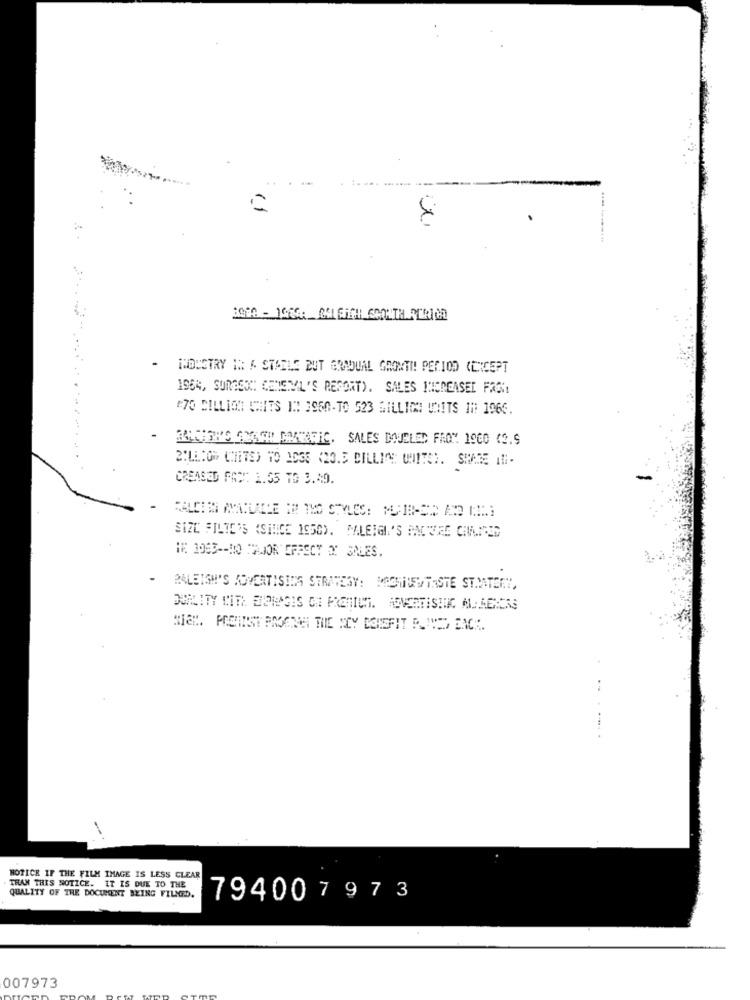
1080 - 1986 :_ RALEIGH SOONTH PERIOD
INDUSTRY IN & STAILE BUT GRADUAL GROWTH! PERIOD CONCEPT
1964, SURGEOC: CENEML'S REPORT). SALES INCREASED FASI
#70 MILLION UNITS IC 3950-TO 523 MILLION UNITS IN: 1966.
BUITENE GRAAD DARRERE. SALES DOUBLED FROM 1900 (2.9
CREASED FAX: 1.35 TO 3.49.
SIZC FILTE'S (SINCE 1958). MALEIGI'S FACTURE CHAUMED
HE 1083 -- 10 TRJOR EFFECT X SALES.
RALEIGH'S KOVERTISING STRATEGY: MACHINESTASTE STAMATERY,
NOTICE IF THE FILM IMAGE IS LESS CLEAR
THAN THIS NOTICE. IT IS DUE TO THE
QUALITY OF THE DOCUMENT BEING FILLED.
794007973
007973